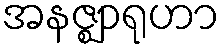
အနဇ္ဈာရုဟာ